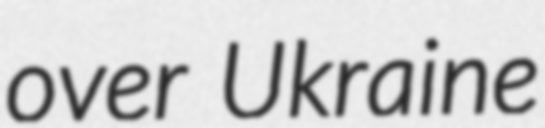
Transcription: over Ukraine